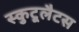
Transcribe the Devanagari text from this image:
स्कुटूलैटस